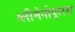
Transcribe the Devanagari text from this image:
ग्लीमेनोपूलस